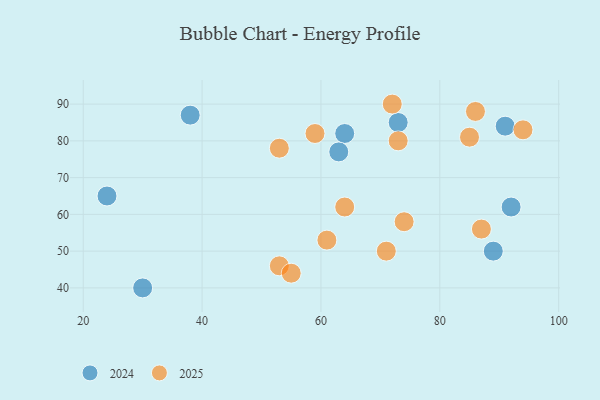
{"axis": {"x": "GDP", "y": "Life Expectancy"}, "legend": ["2024", "2025"], "data": [{"x": "53", "y": 78, "type": "2025"}, {"x": "74", "y": 58, "type": "2025"}, {"x": "53", "y": 46, "type": "2025"}, {"x": "87", "y": 56, "type": "2025"}, {"x": "85", "y": 81, "type": "2025"}, {"x": "94", "y": 83, "type": "2025"}, {"x": "73", "y": 80, "type": "2025"}, {"x": "86", "y": 88, "type": "2025"}, {"x": "61", "y": 53, "type": "2025"}, {"x": "64", "y": 62, "type": "2025"}, {"x": "59", "y": 82, "type": "2025"}, {"x": "55", "y": 44, "type": "2025"}, {"x": "71", "y": 50, "type": "2025"}, {"x": "72", "y": 90, "type": "2025"}, {"x": "92", "y": 62, "type": "2024"}, {"x": "64", "y": 82, "type": "2024"}, {"x": "73", "y": 85, "type": "2024"}, {"x": "38", "y": 87, "type": "2024"}, {"x": "24", "y": 65, "type": "2024"}, {"x": "91", "y": 84, "type": "2024"}, {"x": "89", "y": 50, "type": "2024"}, {"x": "30", "y": 40, "type": "2024"}, {"x": "63", "y": 77, "type": "2024"}]}